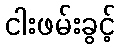
ငါးဖမ်းခွင့်